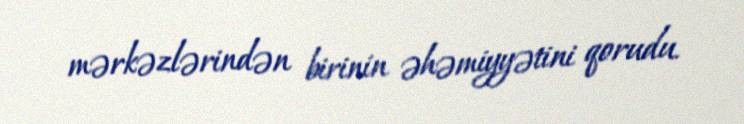
mərkəzlərindən birinin əhəmiyyətini qorudu.